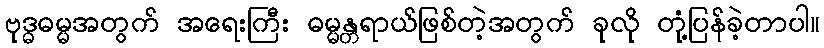
ဗုဒ္ဓဓမ္မအတွက် အရေးကြီး ဓမ္မန္တရာယ်ဖြစ်တဲ့အတွက် ခုလို တုံ့ပြန်ခဲ့တာပါ။